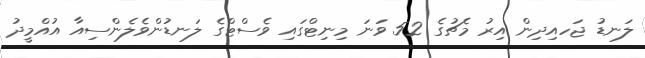
ލަނޑު ޖަހއިދިން އިރު މެޗުގެ 52 ވަނަ މިނިޓްގައި ވެސްޓްގެ ލަނޑުންވެލެންސިއާ އުއްމީދު